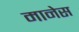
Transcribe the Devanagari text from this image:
मानेस